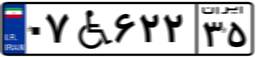
۰۷W۶۲۲۳۵